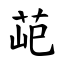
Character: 䒻